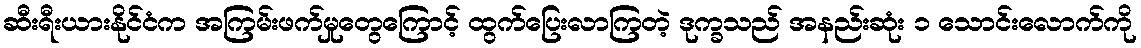
ဆီးရီးယားနိုင်ငံက အကြမ်းဖက်မှုတွေကြောင့် ထွက်ပြေးလာကြတဲ့ ဒုက္ခသည် အနည်းဆုံး ၁ သောင်းလောက်ကို